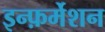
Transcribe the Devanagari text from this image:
इन्फ़र्मेशन